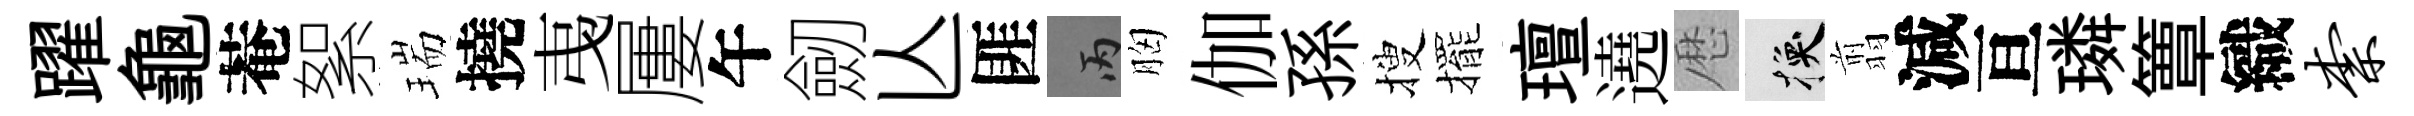
躍龜菴絮瑞撓𢎯屢午劒亾匪丙胸伽孫搜擺璮遶厯换翦減亘璘簟織柰